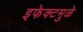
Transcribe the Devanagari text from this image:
इफेक्टमुळे